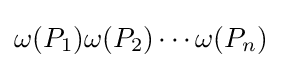
\omega (P_{1})\omega (P_{2})\cdots \omega (P_{n})